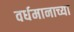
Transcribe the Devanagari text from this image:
वर्धमानाच्या